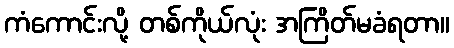
ကံကောင်းလို့ တစ်ကိုယ်လုံး အကြိတ်မခံရတာ။